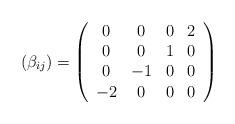
LaTeX: \begin{align*}(\beta_{ij})=\left(\begin{array}{cccc}0 & 0 & 0 & 2\\0 & 0 & 1 & 0\\0 & -1 & 0 & 0\\-2 & 0 & 0 & 0\\\end{array}\right)\end{align*}